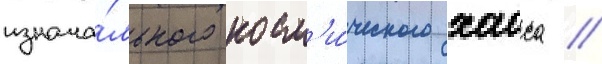
изнача́льного косм'и́ческого хаоса //